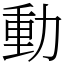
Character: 動